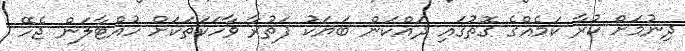
ދިނުމަށް ކުރާ ކަމެއްގެ ގޮތުގައި ދައްކަން ބަޔަކު ފަތުރާ ވާހަކަތަކަށް ހުއްޓާލަން ޖެހޭ